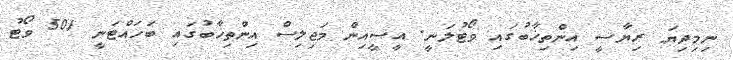
ނިމިދިޔަ ރިޔާސީ އިންތިޚާބުގައި ވޯޓުލަނީ. އީސީއިން މަޖިލިސް އިންތިޚާބުގައި ބަހައްޓަނީ 501 ވޯޓު